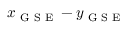
x _ { \textrm { G S E } } - y _ { \textrm { G S E } }